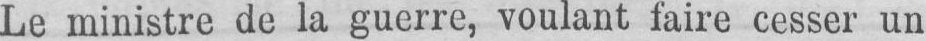
Le ministre de la guerre, voulant faire cesser un